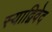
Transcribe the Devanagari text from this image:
स्याद्विवेद